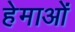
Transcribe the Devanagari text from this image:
हेमाओं